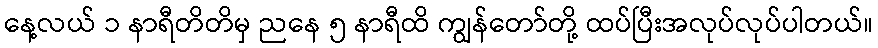
နေ့လယ် ၁ နာရီတိတိမှ ညနေ ၅ နာရီထိ ကျွန်တော်တို့ ထပ်ပြီးအလုပ်လုပ်ပါတယ်။